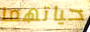
حياتهما